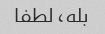
بله، لطفا